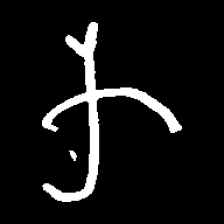
Pyu character \u2014 Myanmar letter: က (romanized: ka)